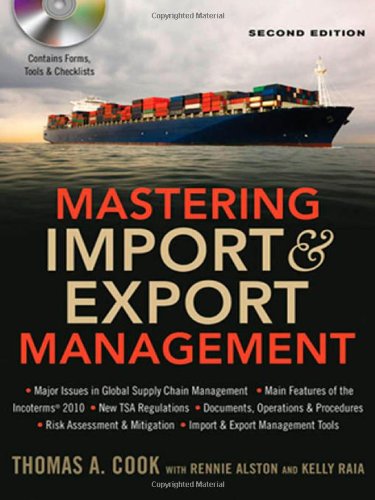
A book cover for Mastering Import & Export Management; Thomas A. Cook; Business & Money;